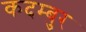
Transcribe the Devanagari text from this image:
कदम्बुर